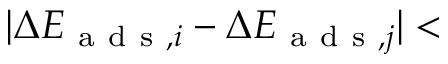
\lvert \Delta E _ { \mathrm { ~ a ~ d ~ s ~ } , i } - \Delta E _ { \mathrm { ~ a ~ d ~ s ~ } , j } \rvert <